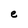
Character: e